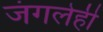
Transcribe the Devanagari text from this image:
जंगलेही